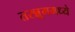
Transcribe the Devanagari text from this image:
तरन्नूममध्ये